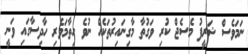
ނަމަވެސް ޝަރީފު މެސެޖް ކުރި ވަގުތާ މާގިނައިރުތަކެއް ނުވެ ހިތާމަވެރި ހާދިސާގައި ވަނީ